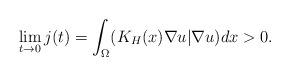
\begin{align*}\lim_{t\to 0}j(t)=\int_{\Omega}(K_H(x)\nabla u|\nabla u)dx>0.\end{align*}